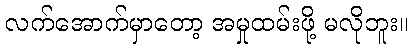
လက်အောက်မှာတော့ အမှုထမ်းဖို့ မလိုဘူး။